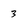
Character: 3